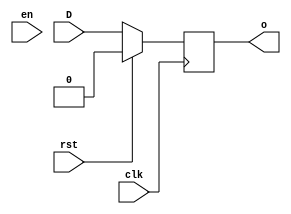
module dff(input D, clk, rst, en, output reg o);
	always @ (posedge clk)
	begin
		if(rst)
			o <= 1'b0;
		else
			o <= D;
	end
endmodule